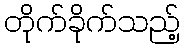
တိုက်ခိုက်သည့်